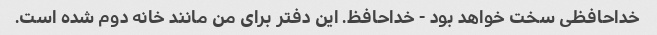
خداحافظی سخت خواهد بود - خداحافظ. این دفتر برای من مانند خانه دوم شده است.